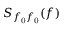
S _ { f _ { \mathrm { 0 } } f _ { \mathrm { 0 } } } ( f )